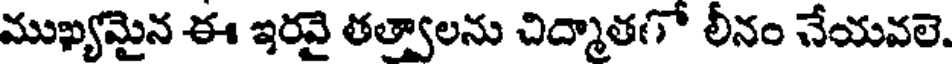
ముఖ్యమైన ఈ ఇరవై తత్వాలను చిద్మాతగో లీనం చేయవలె.